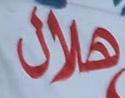
هلال